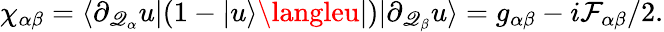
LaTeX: \chi_{\alpha\beta}=\langle\partial_{\mathscr{Q}_{\alpha}}u|(1-|u\rangle\langleu|)|\partial_{\mathscr{Q}_{\beta}}u\rangle=g_{\alpha\beta}-i\mathcal{{F}}_{\alpha\beta}/2.